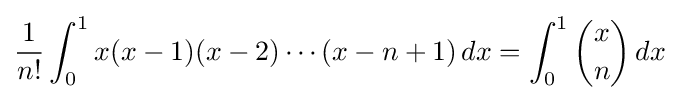
{\frac {1}{n!}}\int _{0}^{1}x(x-1)(x-2)\cdots (x-n+1)\,dx=\int _{0}^{1}{\binom {x}{n}}\,dx